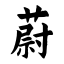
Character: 蔚